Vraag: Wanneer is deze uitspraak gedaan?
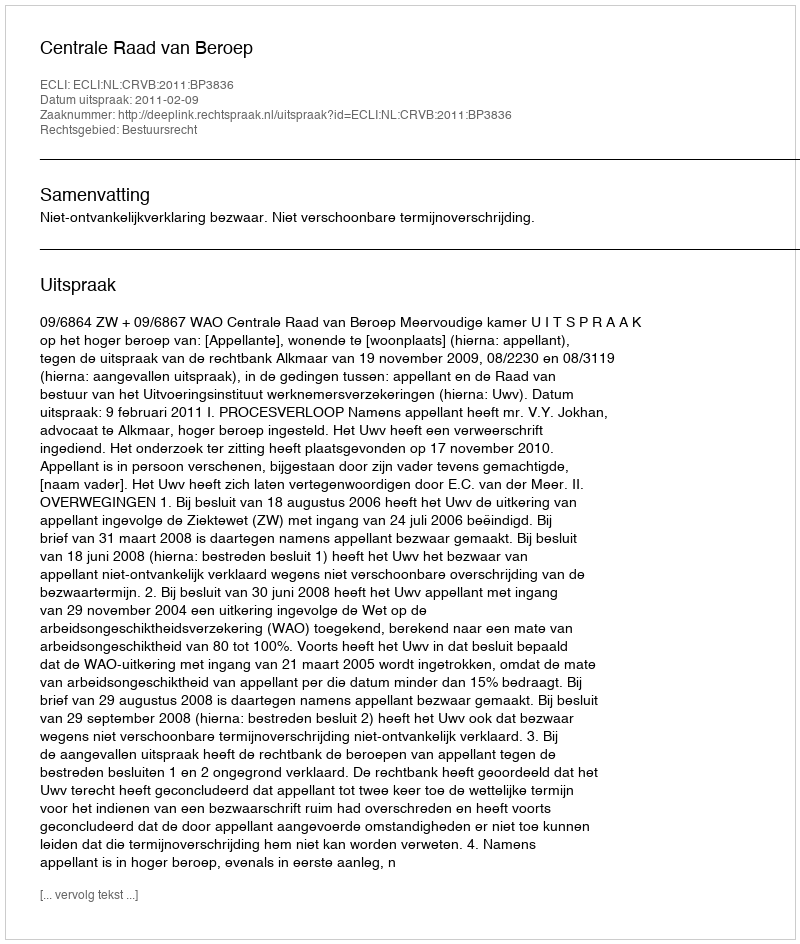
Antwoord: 2011-02-09